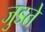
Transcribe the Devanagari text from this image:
जुडते